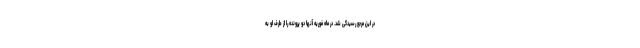
در این مرجع رسیدگی شد. در ماه فوریه آنها دو پرونده را از طرف او به